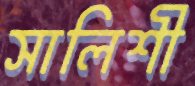
সালিশী